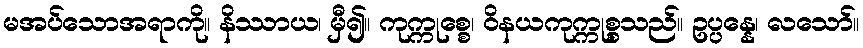
မအပ်သောအရာကို။ နိဿာယ၊ မှီ၍။ ကုက္ကုစ္စေ၊ ဝိနယကုက္ကုစ္စသည်။ ဥပ္ပန္နေ၊ လသော်။